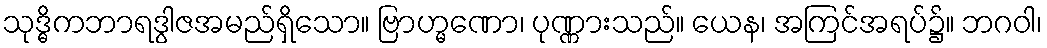
သုဒ္ဓိကဘာရဒွါဇအမည်ရှိသော။ ဗြာဟ္မဏော၊ ပုဏ္ဏားသည်။ ယေန၊ အကြင်အရပ်၌။ ဘဂဝါ၊